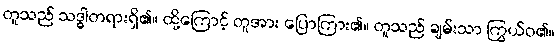
တူသည် သဒ္ဓါတရားရှိ၏။ ထို့ကြောင့် တူအား ပြောကြား၏။ တူသည် ချမ်းသာ ကြွယ်ဝ၏။